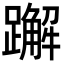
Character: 𬧕